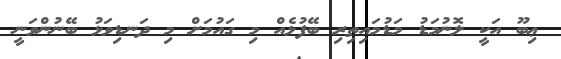
ޢިބޫ އަކީ ލޮނުމަޑު މަޑުމައިތިރި ބޭފުޅެއް މި ގައުމަށް މި ދަނޑިވަޅު ބޭނުންވަނީ